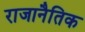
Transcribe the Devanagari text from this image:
राजानैतिक